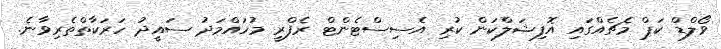
ވޯލްޑް ކަޕް މެޗެއްގައި އޮފިޝަލްކަން ކުރި އެސިސްޓެންޓް ރެފްރީ މުހައްމަދު ސައީދު ހަރަކާތްތެރިވާނެ.